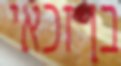
בן זכאי